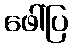
ဖေါ်ပြ